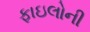
ફાઇલોની